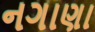
નગાણા